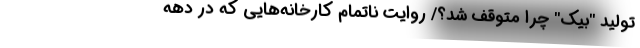
تولیدِ "بیک" چرا متوقف شد؟/ روایتِ ناتمامِ کارخانه‌هایی که در دهه‌